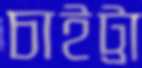
চাইট্টা